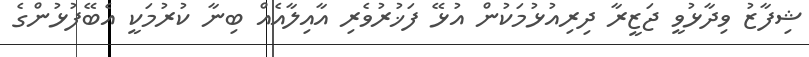
ޝިފާޒު ވިދާޅުވީ ޖަޒީރާ ދިރިއުޅުމަކުން އުޅޭ ފަޚުރުވެރި އާއިލާއެއް ބިނާ ކުރުމަކީ އެބޭފުޅުންގެ